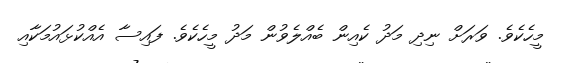
މީހެކެވެ. ވަރަށް ނިދި މަދު ކެއިން ބެއްލެވުން މަދު މީހެކެވެ. ފައިސާ އެއްކުޅައުމަކާއި